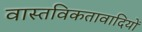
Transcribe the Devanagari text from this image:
वास्तविकतावादियों